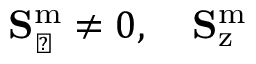
\mathbf { S } _ { \perp } ^ { \mathrm { m } } \neq 0 , \quad \mathbf { S } _ { \mathrm { z } } ^ { \mathrm { m } }